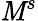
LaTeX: \mathit{M}^{s}